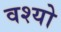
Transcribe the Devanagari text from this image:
वश्यो